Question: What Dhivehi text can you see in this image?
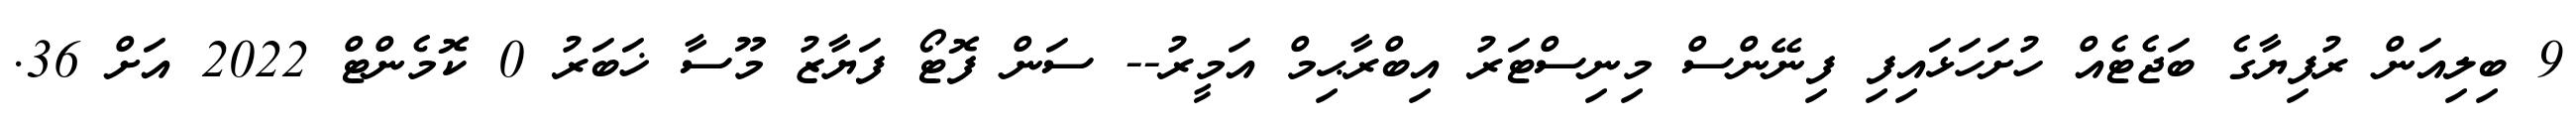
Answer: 9 ބިލިއަން ރުފިޔާގެ ބަޖެޓެއް ހުށަހަޅައިފި ފިނޭންސް މިނިސްޓަރު އިބްރާޙިމް އަމީރު-- ސަން ފޮޓޯ ފަޔާޒު މޫސާ ޚަބަރު 0 ކޮމެންޓް 2022 އަށް 36.